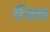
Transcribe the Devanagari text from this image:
पैंगल